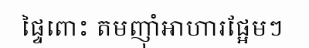
ផ្ទៃពោះ តមញ៉ាំអាហារផ្អែមៗ